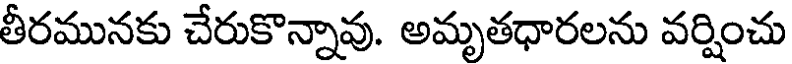
తీరమునకు చేరుకొన్నావు. అమృతధారలను వర్షించు